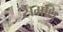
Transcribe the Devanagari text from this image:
समधि